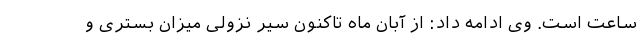
ساعت است. وی ادامه داد: از آبان ماه تاکنون سیر نزولی میزان بستری و